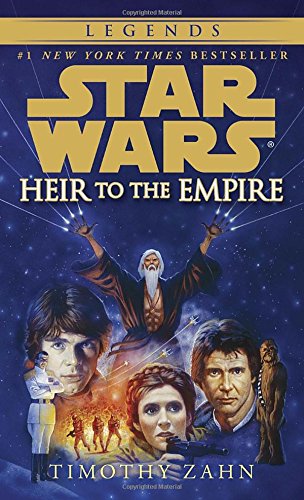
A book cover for Heir to the Empire (Star Wars: The Thrawn Trilogy, Vol. 1); Timothy Zahn; Science Fiction & Fantasy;